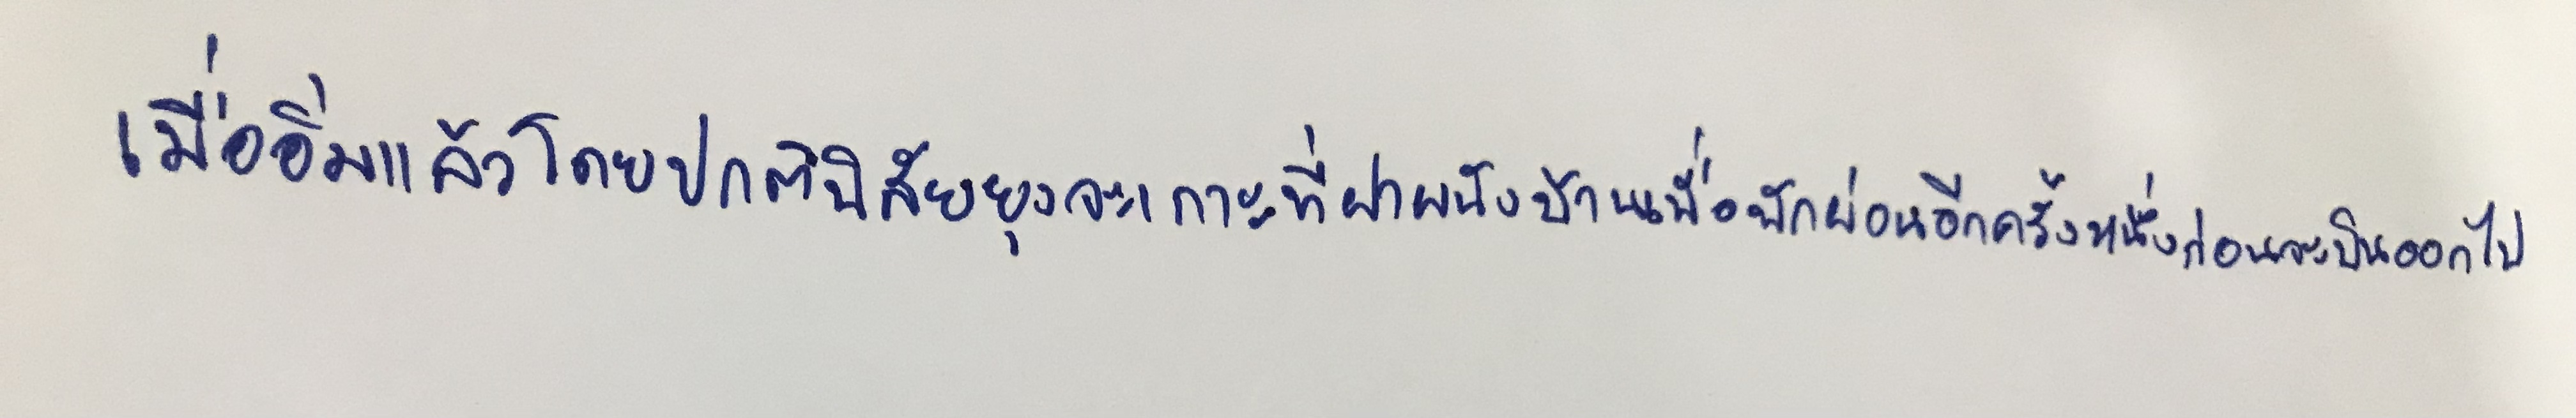
เมื่ออิ่มแล้วโดยปกตินิสัยยุงจะเกาะที่ฝาผนังบ้านเพื่อพักผ่อนอีกครั้งหนึ่งก่อนจะบินออกไป